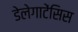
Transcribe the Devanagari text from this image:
डेलेगाटेंसिस